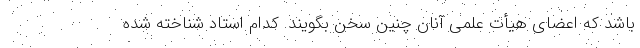
باشد که اعضای هیأت علمی آنان چنین سخن بگویند. کدام استاد شناخته شده